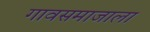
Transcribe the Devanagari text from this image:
गावसमाजाला